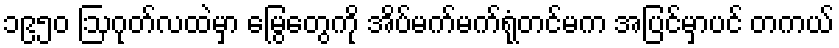
၁၉၅၀ ဩဂုတ်လထဲမှာ မြွေတွေကို အိပ်မက်မက်ရုံတင်မက အပြင်မှာပင် တကယ်